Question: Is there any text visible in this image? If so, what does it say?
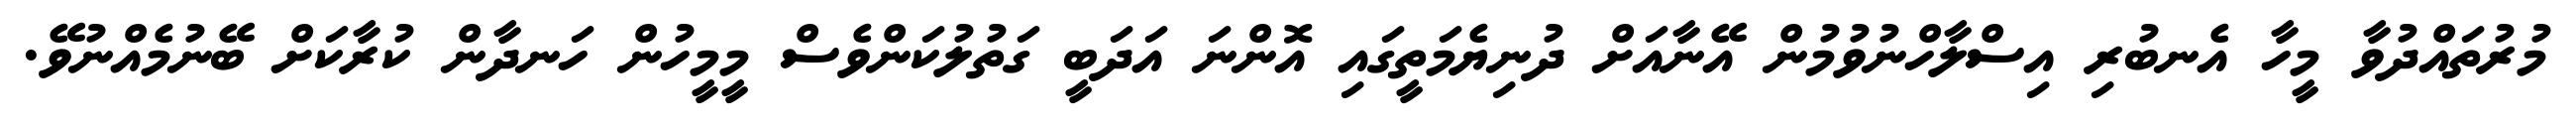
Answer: މުރުތައްދުވާ މީހާ އެނބުރި އިސްލާހްނުވުމުން އޭނާއަށް ދުނިޔެމަތީގައި އޮންނަ އަދަބީ ގަތުލުކަންވެސް މީމީހުން ހަނދާން ކުރާކަށް ބޭނުމެއްނުވޭ.